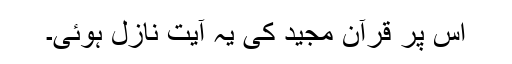
اس پر قرآن مجید کی یہ آیت نازل ہوئی۔